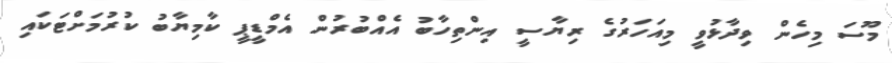
މޫސަ މިހެން ވިދާޅުވީ މިއަހަރުގެ ރިޔާސީ އިންތިހާބު އެއްބުރުން އެމްޑީޕީ ކާމިޔާބު ކުރުމަށްޓަކައި